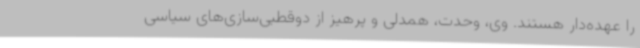
را عهده‌دار هستند. وی، وحدت، همدلی و پرهیز از دوقطبی‌سازی‌های سیاسی